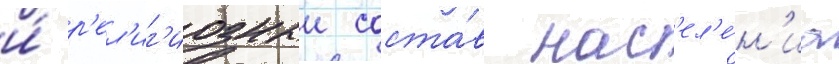
и́ р'ел'иг'иозныи соста́в нас'ел'е́н'иа